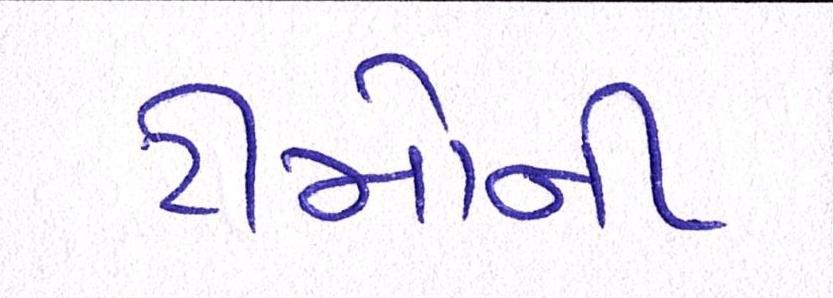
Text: ટીમોની